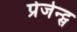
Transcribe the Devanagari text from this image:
प्रेजेन्ट्स